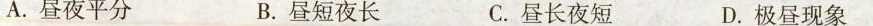
A.昼夜平分 B.昼短夜长 C.昼长夜短 D.极昼现象